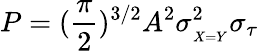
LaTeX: P=(\frac{\pi}{2})^{3/2}A^{2}\sigma_{_{X=Y}}^{2}\sigma_{\tau}